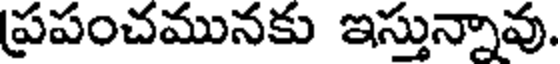
ప్రపంచమునకు ఇస్తున్నావు.